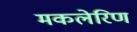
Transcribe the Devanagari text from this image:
मकलेरिण